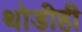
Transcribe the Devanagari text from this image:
थोडीही